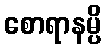
စောရာနမ္ပိ